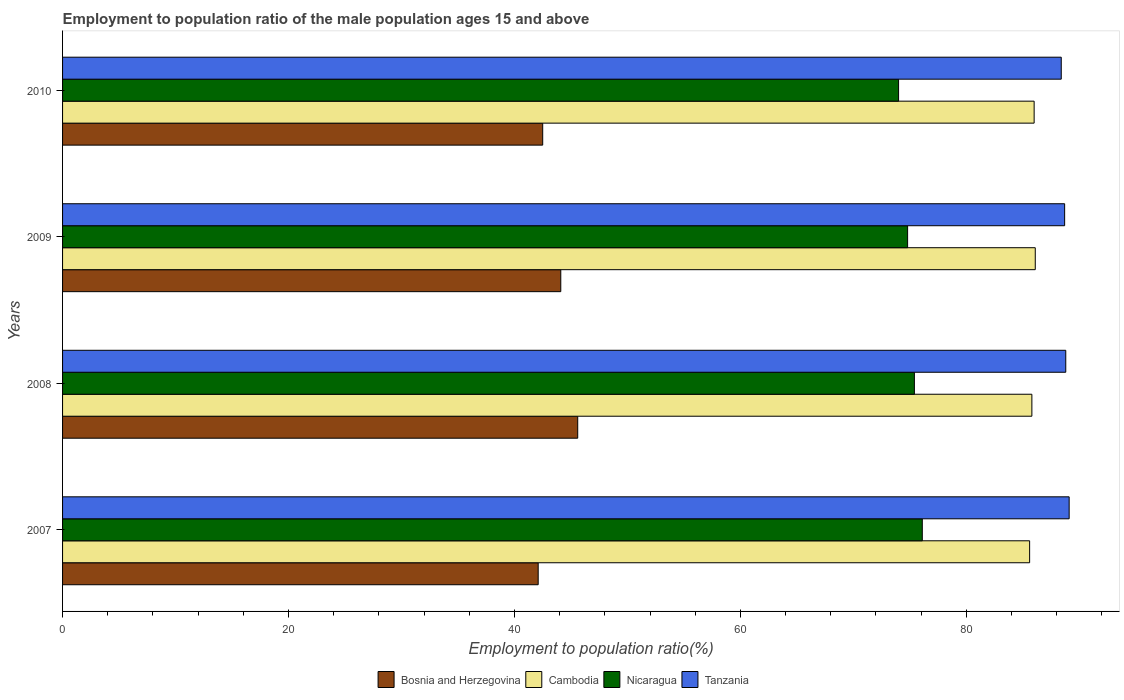
| Years | Bosnia and Herzegovina | Cambodia | Nicaragua | Tanzania |
 | --- | --- | --- | --- | --- |
 | 2007 | 42.1 | 85.6 | 76.1 | 89.1 |
 | 2008 | 45.6 | 85.8 | 75.4 | 88.8 |
 | 2009 | 44.1 | 86.1 | 74.8 | 88.7 |
 | 2010 | 42.5 | 86 | 74 | 88.4 |